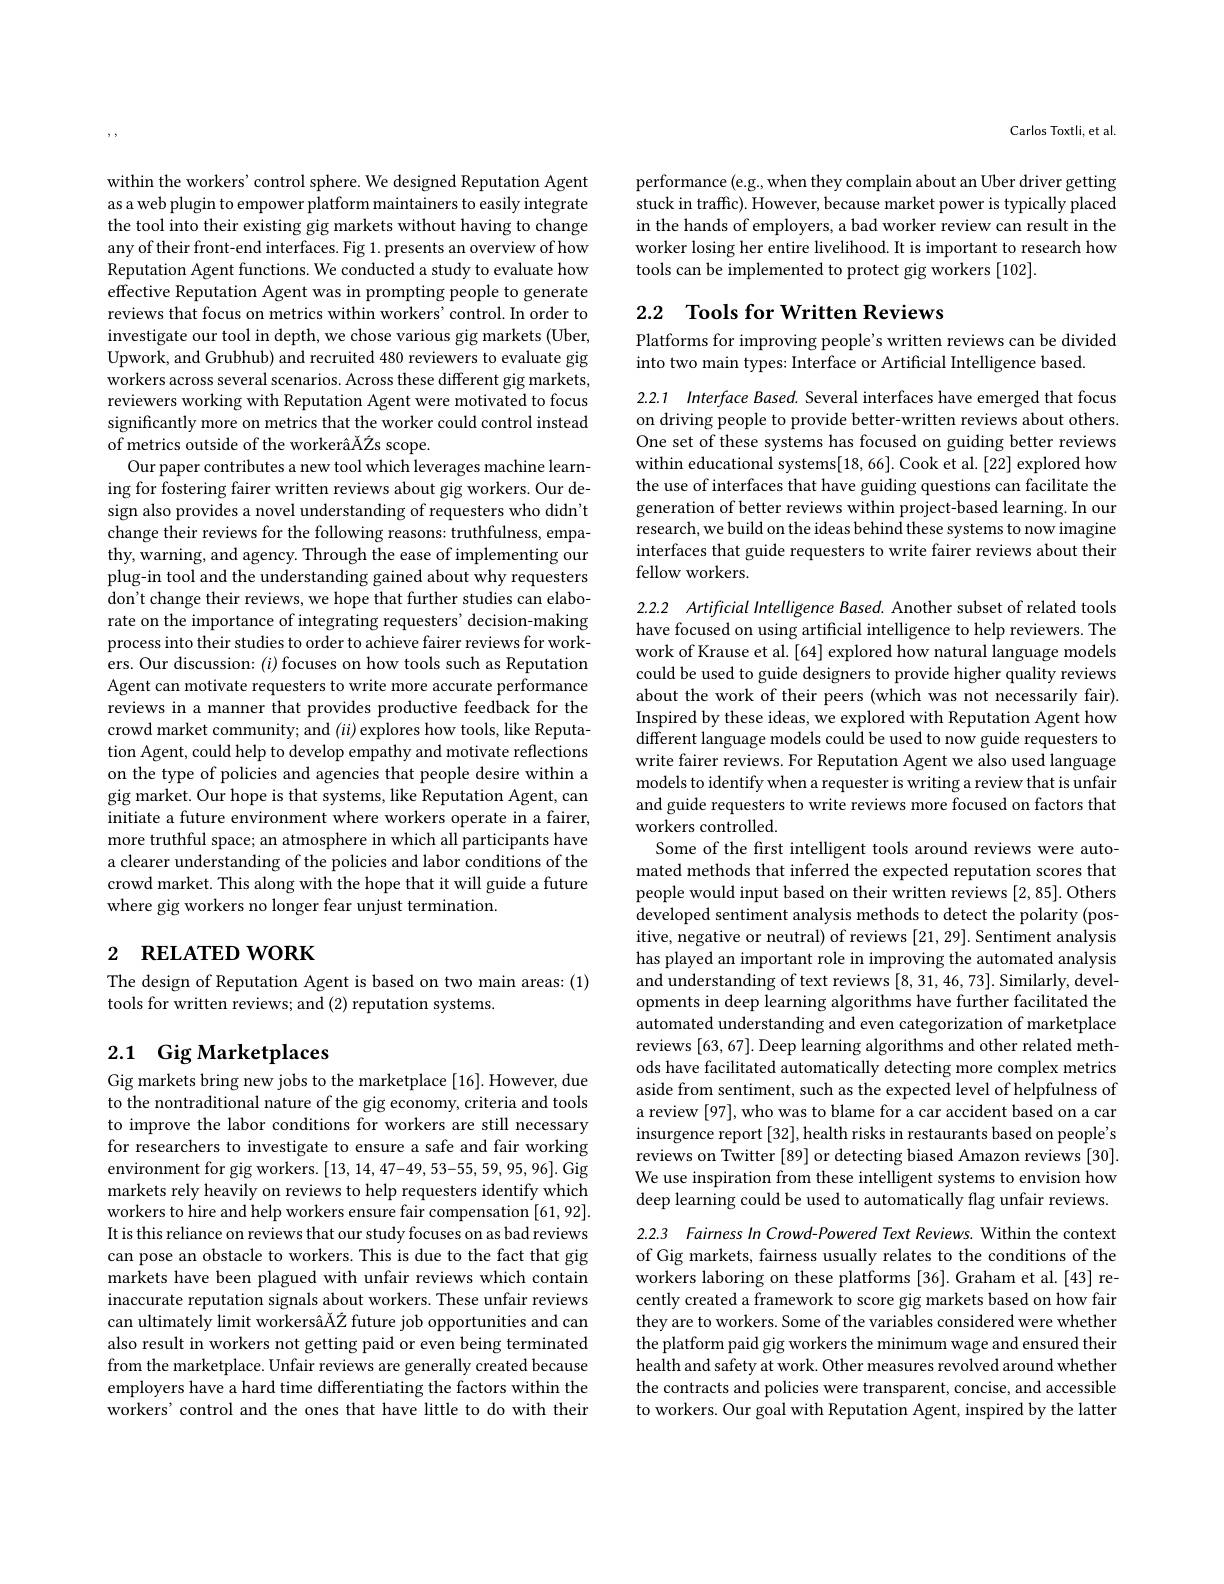
within the workers' control sphere. We designed Reputation Agent as a web plugin to empower platform maintainers to easily integrate the tool into their existing gig markets without having to change any of their front-end interfaces. Fig 1. presents an overview of how Reputation Agent functions. We conducted a study to evaluate how effective Reputation Agent was in prompting people to generate reviews that focus on metrics within workers'control. In order to investigate our tool in depth, we chose various gig markets (Uber, Upwork, and Grubhub) and recruited 480 reviewers to evaluate gig workers across several scenarios. Across these different gig markets, reviewers working with Reputation Agent were motivated to focus significantly more on metrics that the worker could control instead of metrics outside of the workerâĂŽs scope.
Our paper contributes a new tool which leverages machine learning for fostering fairer written reviews about gig workers. Our design also provides a novel understanding of requesters who didn't change their reviews for the following reasons: truthfulness, empathy, warning, and agency. Through the ease of implementing our plug-in tool and the understanding gained about why requesters don't change their reviews, we hope that further studies can elaborate on the importance of integrating requesters' decision-making process into their studies to order to achieve fairer reviews for workers. Our discussion: $(i)$ focuses on how tools such as Reputation Agent can motivate requesters to write more accurate performance reviews in a manner that provides productive feedback for the crowd market community; and $(ii)$ explores how tools, like Reputation Agent, could help to develop empathy and motivate reflections on the type of policies and agencies that people desire within a gig market. Our hope is that systems, like Reputation Agent, can initiate a future environment where workers operate in a fairer, more truthful space; an atmosphere in which all participants have a clearer understanding of the policies and labor conditions of the crowd market. This along with the hope that it will guide a future where gig workers no longer fear unjust termination.

# 2 RELATED WORK

The design of Reputation Agent is based on two main areas: (1)
tools for written reviews; and (2) reputation systems.

## 2.1 Gig Marketplaces

Gig markets bring new jobs to the marketplace [16]. However, due to the nontraditional nature of the gig economy, criteria and tools to improve the labor conditions for workers are still necessary for researchers to investigate to ensure a safe and fair working environment for gig workers. [13,14,47-49,53-55,59,95,96]. Gig markets rely heavily on reviews to help requesters identify which workers to hire and help workers ensure fair compensation [61,92]. It is this reliance on reviews that our study focuses on as bad reviews can pose an obstacle to workers. This is due to the fact that gig markets have been plagued with unfair reviews which contain inaccurate reputation signals about workers. These unfair reviews can ultimately limit workersâĂŽ future job opportunities and can also result in workers not getting paid or even being terminated from the marketplace. Unfair reviews are generally created because employers have a hard time differentiating the factors within the workers' control and the ones that have little to do with their

Carlos Toxtli, et al.

performance (e.g., when they complain about an Uber driver getting stuck in traffic). However, because market power is typically placed in the hands of employers, a bad worker review can result in the worker losing her entire livelihood. It is important to research how tools can be implemented to protect gig workers [102].

## 2.2 Tools for Written Reviews

Platforms for improving people's written reviews can be divided
into two main types: Interface or Artificial Intelligence based

2.2.1 Interface Based. Several interfaces have emerged that focus on driving people to provide better-written reviews about others. One set of these systems has focused on guiding better reviews within educational systems[18, 66]. Cook et al. [22] explored how the use of interfaces that have guiding questions can facilitate the generation of better reviews within project-based learning. In our research, we build on the ideas behind these systems to now imagine interfaces that guide requesters to write fairer reviews about their fellow workers.

2.2.2 Artificial Intelligence Based. Another subset of related tools have focused on using artificial intelligence to help reviewers. The work of Krause et al. [64] explored how natural language models could be used to guide designers to provide higher quality reviews about the work of their peers (which was not necessarily fair). Inspired by these ideas, we explored with Reputation Agent how different language models could be used to now guide requesters to write fairer reviews. For Reputation Agent we also used language models to identify when a requester is writing a review that is unfair and guide requesters to write reviews more focused on factors that workers controlled.
Some of the first intelligent tools around reviews were automated methods that inferred the expected reputation scores that people would input based on their written reviews [2,85]. Others developed sentiment analysis methods to detect the polarity (positive, negative or neutral) of reviews [21, 29]. Sentiment analysis has played an important role in improving the automated analysis and understanding of text reviews [8,31,46,73]. Similarly, developments in deep learning algorithms have further facilitated the automated understanding and even categorization of marketplace reviews [63,67]. Deep learning algorithms and other related methods have facilitated automatically detecting more complex metrics aside from sentiment, such as the expected level of helpfulness of a review [97], who was to blame for a car accident based on a car insurgence report[32], health risks in restaurants based on people's reviews on Twitter [89] or detecting biased Amazon reviews [30]. We use inspiration from these intelligent systems to envision how deep learning could be used to automatically flag unfair reviews. 2.2.3 Fairness In Crowd-Powered Text Reviews. Within the context

of Gig markets, fairness usually relates to the conditions of the workers laboring on these platforms [36]. Graham et al. [43] recently created a framework to score gig markets based on how fair they are to workers. Some of the variables considered were whether the platform paid gig workers the minimum wage and ensured their health and safety at work. Other measures revolved around whether the contracts and policies were transparent, concise, and accessible to workers. Our goal with Reputation Agent, inspired by the latter